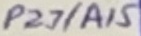
Text: P2.7/A15